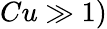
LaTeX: Cu\gg 1)